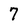
Character: 7